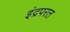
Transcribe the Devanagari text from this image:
इंद्रपरत